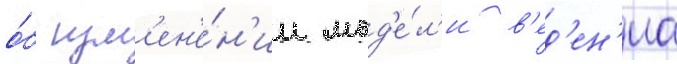
о́б изм'ен'е́н'ии мод'е́л'и в'ед'ен'иа